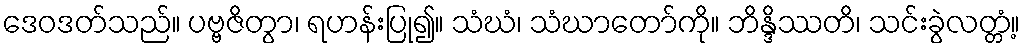
ဒေဝဒတ်သည်။ ပဗ္ဗဇိတွာ၊ ရဟန်းပြု၍။ သံဃံ၊ သံဃာတော်ကို။ ဘိန္ဒိဿတိ၊ သင်းခွဲလတ္တံ့။